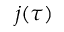
j ( \tau )